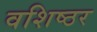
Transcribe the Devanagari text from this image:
वशिष्ठर